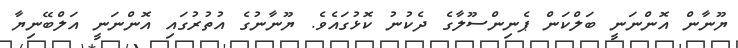
ޔޫނާން އޮންނަނީ ބަލްކަން ޕެނިންސޫލާގެ ދެކުނު ކޮޅުގައެވެ. ޔޫނާނުގެ އުތުރުގައި އޮންނަނީ އަލްބޭނިޔާ